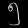
Digit: ၅